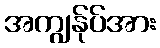
အကျွန်ုပ်အား